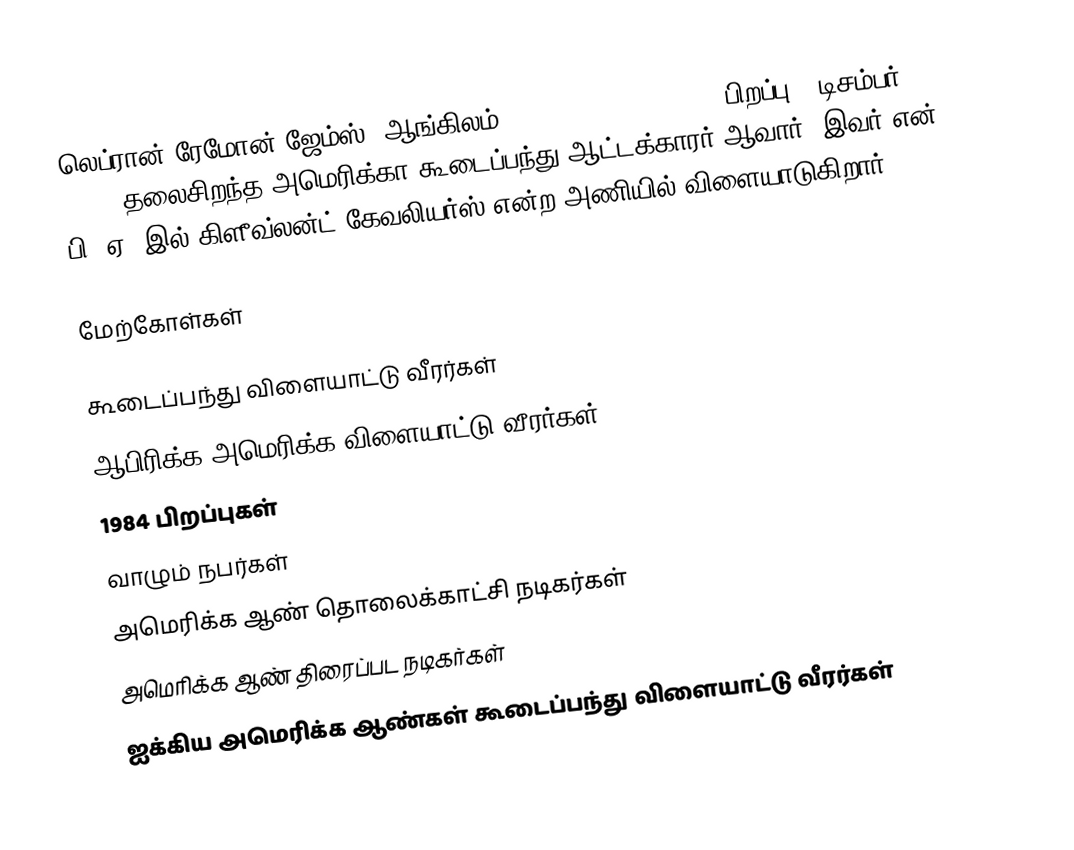
லெப்ரான் ரேமோன் ஜேம்ஸ் (ஆங்கிலம்:LeBron Raymone James, பிறப்பு - டிசம்பர் 30, 1984) தலைசிறந்த அமெரிக்கா கூடைப்பந்து ஆட்டக்காரர் ஆவார். இவர் என். பி. ஏ.-இல் கிளீவ்லன்ட் கேவலியர்ஸ் என்ற அணியில் விளையாடுகிறார்.

மேற்கோள்கள்

கூடைப்பந்து விளையாட்டு வீரர்கள்
ஆபிரிக்க அமெரிக்க விளையாட்டு வீரர்கள்
1984 பிறப்புகள்
வாழும் நபர்கள்
அமெரிக்க ஆண் தொலைக்காட்சி நடிகர்கள்
அமெரிக்க ஆண் திரைப்பட நடிகர்கள்
ஐக்கிய அமெரிக்க ஆண்கள் கூடைப்பந்து விளையாட்டு வீரர்கள்